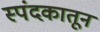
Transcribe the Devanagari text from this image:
स्पंदकातून